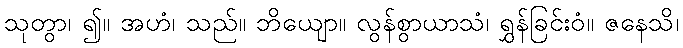
သုတွာ၊ ၍။ အဟံ၊ သည်။ ဘိယျော။ လွန်စွာယာသံ၊ ရွှန်ခြင်းဝံ။ ဇနေသိ၊